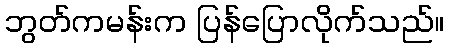
ဘွတ်ကမန်းက ပြန်ပြောလိုက်သည်။